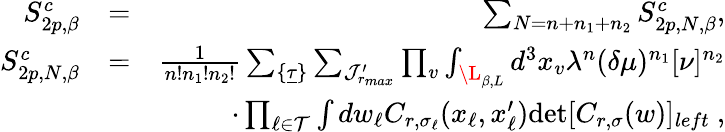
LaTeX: \begin{array}{rlr}{S_{2p,\beta}^{c}}&{=}&{\sum_{N=n+n_{1}+n_{2}}S_{2p,N,\beta}^{c},}\\ {S_{2p,N,\beta}^{c}}&{=}&{\frac{1}{n!n_{1}!n_{2}!}\sum_{\{ \underline{{\tau}}\} }\sum_{{\cal J}_{r_{max}}^{\prime}}\prod_{v}\int_{\L_{\beta,L}}d^{3}x_{v}\lambda^{n}(\delta\mu)^{n_{1}}[\nu]^{n_{2}}}\\ &{}&{\quad\cdot\prod_{\ell\in{\cal T}}\int dw_{\ell}C_{r,\sigma_{\ell}}(x_{\ell},x_{\ell}^{\prime}){\operatorname*{det}}[C_{r,\sigma}(w)]_{left}\ ,}\end{array}